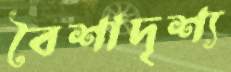
বৈশাদৃশ্য